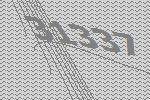
31337